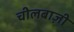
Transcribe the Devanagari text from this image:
चीलबाज़ी